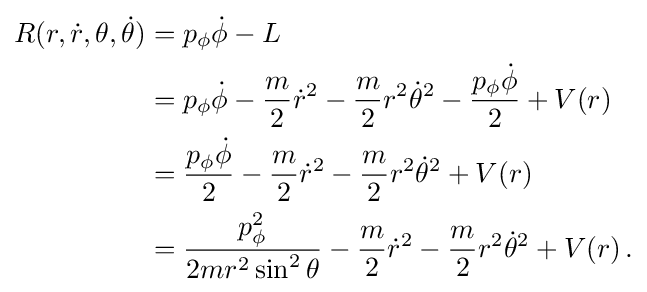
{\begin{aligned}R(r,{\dot {r}},\theta ,{\dot {\theta }})&=p_{\phi }{\dot {\phi }}-L\\&=p_{\phi }{\dot {\phi }}-{\frac {m}{2}}{\dot {r}}^{2}-{\frac {m}{2}}r^{2}{\dot {\theta }}^{2}-{\frac {p_{\phi }{\dot {\phi }}}{2}}+V(r)\\&={\frac {p_{\phi }{\dot {\phi }}}{2}}-{\frac {m}{2}}{\dot {r}}^{2}-{\frac {m}{2}}r^{2}{\dot {\theta }}^{2}+V(r)\\&={\frac {p_{\phi }^{2}}{2mr^{2}\sin ^{2}\theta }}-{\frac {m}{2}}{\dot {r}}^{2}-{\frac {m}{2}}r^{2}{\dot {\theta }}^{2}+V(r)\,.\end{aligned}}